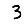
Digit: 3